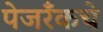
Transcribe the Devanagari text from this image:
पेजरँकचे